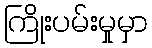
ကြိုးပမ်းမှုမှာ